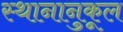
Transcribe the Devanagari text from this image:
स्थानानुकूल